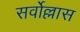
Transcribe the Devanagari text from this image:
सर्वोल्लास